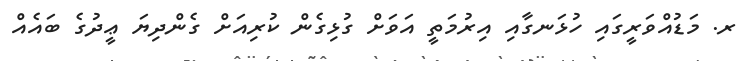
ރ. މަޑުއްވަރީގައި ހުޅަނގާއި އިރުމަތީ އަވަށް ގުޅިގެން ކުރިއަށް ގެންދިޔަ ޢީދުގެ ބައެއް